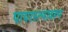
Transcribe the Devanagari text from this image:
पायरस्त्यावरून